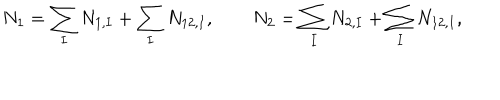
N _ { 1 } = \sum _ { I } N _ { 1 , I } + \sum _ { I } N _ { 1 2 , I } , \qquad N _ { 2 } = \sum _ { I } N _ { 2 , I } + \sum _ { I } N _ { 1 2 , I } ,